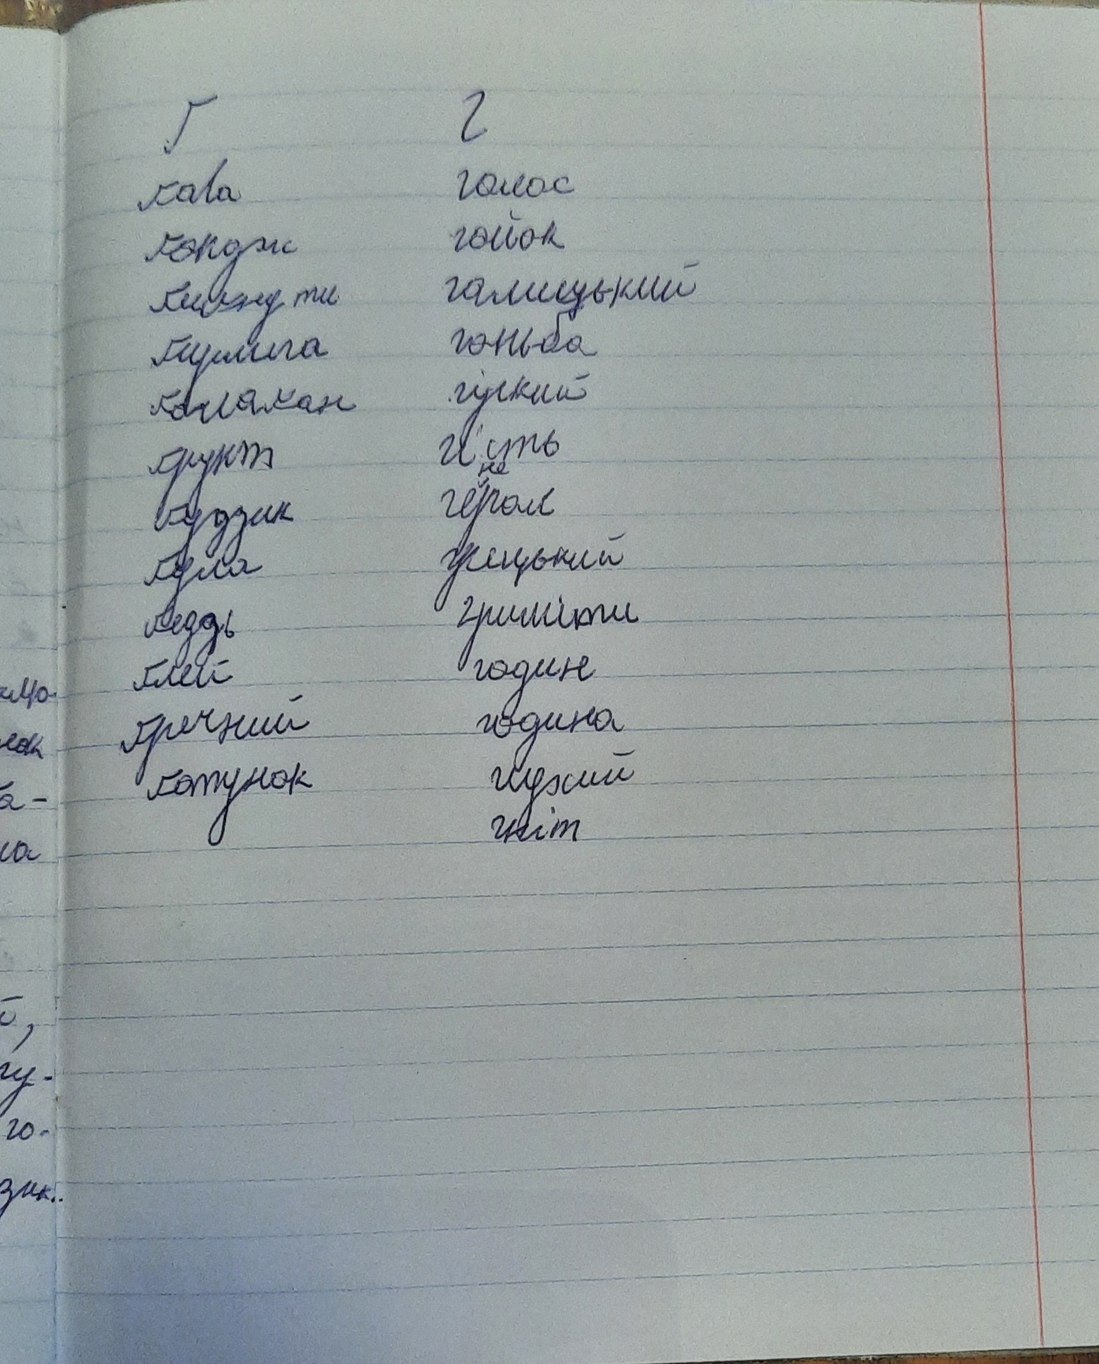
Г
Ґ
ґАВА
голос
гайок
ґондж
галицький
ґиґнути
гоньба
ґирлиґа
гіркий
ґалаґан
гість
ґрунт
герой
ґудзик
грецький
ґуля
гриміти
ґедзь
годин
ґлей
ґречний
година
глухий
ґатунок
гніт